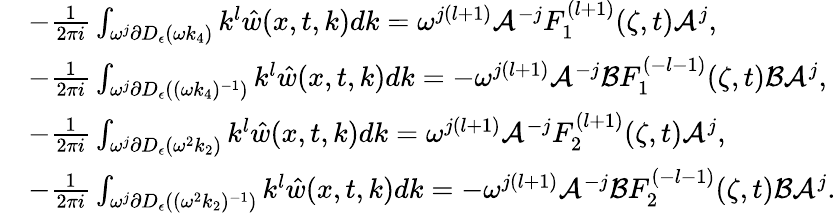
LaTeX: \begin{array}{rl}&{-\frac{1}{2\pi i}\int_{\omega^{j}\partial D_{\epsilon}(\omega k_{4})}k^{l}\hat{w}(x,t,k)dk=\omega^{j(l+1)}\mathcal{A}^{-j}F_{1}^{(l+1)}(\zeta,t)\mathcal{A}^{j},}\\ &{-\frac{1}{2\pi i}\int_{\omega^{j}\partial D_{\epsilon}((\omega k_{4})^{-1})}k^{l}\hat{w}(x,t,k)dk=-\omega^{j(l+1)}\mathcal{A}^{-j}\mathcal{B}F_{1}^{(-l-1)}(\zeta,t)\mathcal{B}\mathcal{A}^{j},}\\ &{-\frac{1}{2\pi i}\int_{\omega^{j}\partial D_{\epsilon}(\omega^{2}k_{2})}k^{l}\hat{w}(x,t,k)dk=\omega^{j(l+1)}\mathcal{A}^{-j}F_{2}^{(l+1)}(\zeta,t)\mathcal{A}^{j},}\\ &{-\frac{1}{2\pi i}\int_{\omega^{j}\partial D_{\epsilon}((\omega^{2}k_{2})^{-1})}k^{l}\hat{w}(x,t,k)dk=-\omega^{j(l+1)}\mathcal{A}^{-j}\mathcal{B}F_{2}^{(-l-1)}(\zeta,t)\mathcal{B}\mathcal{A}^{j}.}\end{array}